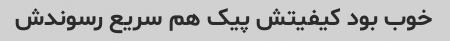
خوب بود کیفیتش پیک هم سریع رسوندش